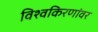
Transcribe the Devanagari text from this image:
विश्वकिरणांवर